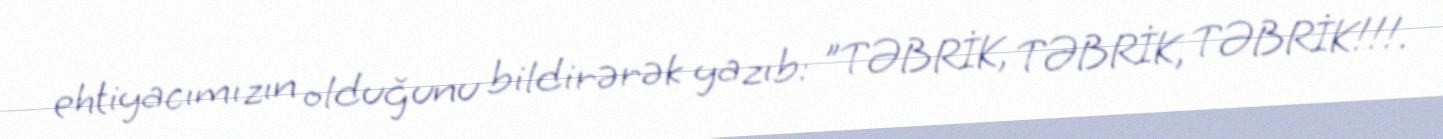
ehtiyacımızın olduğunu bildirərək yazıb: "TƏBRİK, TƏBRİK, TƏBRİK!!!.